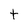
Character: t